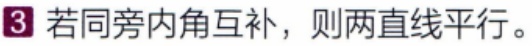
若同旁内角互补，则两直线平行。